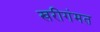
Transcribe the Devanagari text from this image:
खरीगंमत